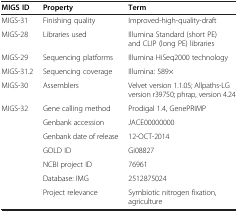
<table><thead><tr><td><b>MIGS ID</b></td><td><b>Property</b></td><td><b>Term</b></td></tr></thead><tbody><tr><td>MIGS-31</td><td>Finishing quality</td><td>Improved-high-quality-draft</td></tr><tr><td>MIGS-28</td><td>Libraries used</td><td>Illumina Standard (short PE) and CLIP (long PE) libraries</td></tr><tr><td>MIGS-29</td><td>Sequencing platforms</td><td>Illumina HiSeq2000 technology</td></tr><tr><td>MIGS-31.2</td><td>Sequencing coverage</td><td>Illumina: 589×</td></tr><tr><td>MIGS-30</td><td>Assemblers</td><td>Velvet version 1.1.05; Allpaths-LG version r39750; phrap, version 4.24</td></tr><tr><td>MIGS-32</td><td>Gene calling method</td><td>Prodigal 1.4, GenePRIMP</td></tr><tr><td> </td><td>Genbank accession</td><td>JACE00000000</td></tr><tr><td> </td><td>Genbank date of release</td><td>12-OCT-2014</td></tr><tr><td> </td><td>GOLD ID</td><td>Gi08827</td></tr><tr><td> </td><td>NCBI project ID</td><td>76961</td></tr><tr><td> </td><td>Database: IMG</td><td>2512875024</td></tr><tr><td> </td><td>Project relevance</td><td>Symbiotic nitrogen fixation, agriculture</td></tr></tbody></table>